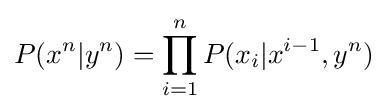
P(x^{n}|y^{n})=\prod _{i=1}^{n}P(x_{i}|x^{i-1},y^{n})